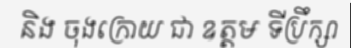
និង ចុងក្រោយ ជា ឧត្តម ទីប្រឹក្សា